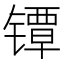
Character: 镡